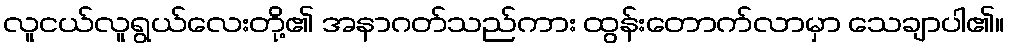
လူငယ်လူရွယ်လေးတို့၏ အနာဂတ်သည်ကား ထွန်းတောက်လာမှာ သေချာပါ၏။